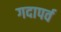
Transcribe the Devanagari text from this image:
गदापर्व